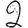
Digit: 2